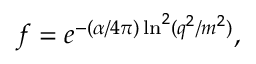
f = e ^ { - ( \alpha / 4 \pi ) \ln ^ { 2 } ( q ^ { 2 } / m ^ { 2 } ) } ,